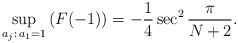
LaTeX: \begin{align*}\sup_{a_j:\, a_1=1} \left(F(-1)\right) =-\frac14 \sec^2{\frac{\pi}{N+2}}.\end{align*}